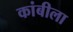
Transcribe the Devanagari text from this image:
कांबीला